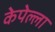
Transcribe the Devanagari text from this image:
केपेल्ला